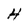
Character: H